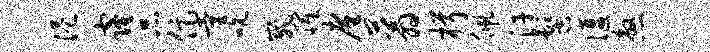
港窿品促量吮崴罹廑蓊楫佩汗髻偃煞